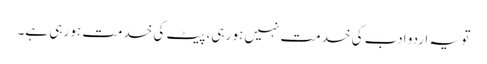
تو یہ اردو ادب کی خدمت نہیں ہو رہی، پیٹ کی خدمت ہو رہی ہے۔